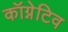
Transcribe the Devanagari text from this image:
कॉग्नेटिव